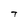
Character: T